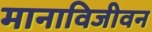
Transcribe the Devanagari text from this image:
मानाविजीवन